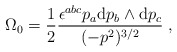
\begin{align*}\Omega_0=\frac{1}{2}\frac{\epsilon^{abc}p_a {\rm d}p_b\land{\rm d}p_c}{(-p^2)^{3/2}}\;,\end{align*}